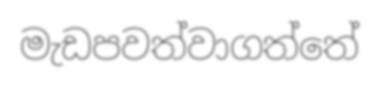
මැඩපවත්වාගත්තේ